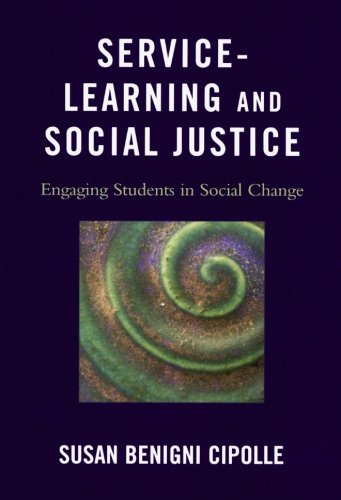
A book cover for Service-Learning and Social Justice: Engaging Students in Social Change; Susan Benigni Cipolle; Business & Money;